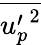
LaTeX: \overline{{{u_{p}^{\prime}}^{2}}}